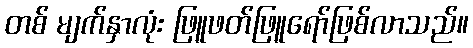
တစ် မျက်နှာလုံး ဖြူဖတ်ဖြူရော်ဖြစ်လာသည်။